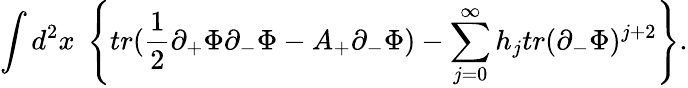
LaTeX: \int d^{2}x\; \left\{ tr(\frac{1}{2}\partial_{+}\Phi\partial_{-}\Phi-A_{+}\partial_{-}\Phi)-\sum_{j=0}^{\infty}h_{j}tr(\partial_{-}\Phi)^{j+2}\right\} .